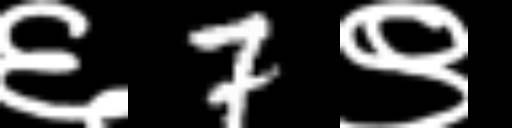
Text: ६7९